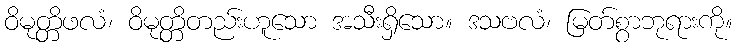
ဝိမုတ္တိဖလံ၊ ဝိမုတ္တိတည်းဟူသော အသီးရှိသော။ ဒသဗလံ၊ မြတ်စွာဘုရားကို။